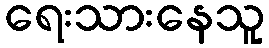
ရေးသားနေသူ